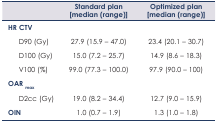
<table><thead><tr><td></td><td><b>Standard plan [median (range)]</b></td><td><b>Optimized plan [median (range)]</b></td></tr></thead><tbody><tr><td><b>HR CTV</b></td><td></td><td></td></tr><tr><td>D90 (Gy)</td><td>27.9 (15.9 – 47.0)</td><td>23.4 (20.1 – 30.7)</td></tr><tr><td>D100 (Gy)</td><td>15.0 (7.2 – 25.7)</td><td>14.9 (8.6 – 18.3)</td></tr><tr><td>V100 (%)</td><td>99.0 (77.3 – 100.0)</td><td>97.9 (90.0 – 100)</td></tr><tr><td><b>OAR<sub>max</sub></b></td><td></td><td></td></tr><tr><td>D2cc (Gy)</td><td>19.0 (8.2 – 34.4)</td><td>12.7 (9.0 – 15.9)</td></tr><tr><td><b>OIN</b></td><td>1.0 (0.7 – 1.9)</td><td>1.3 (1.0 – 1.8)</td></tr></tbody></table>